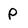
Character: P